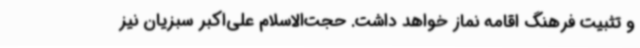
و تثبیت فرهنگ اقامه نماز خواهد داشت. حجت‌الاسلام علی‌اکبر سبزیان نیز